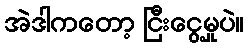
အဲဒါကတော့ ငြီးငွေ့မှုပဲ။